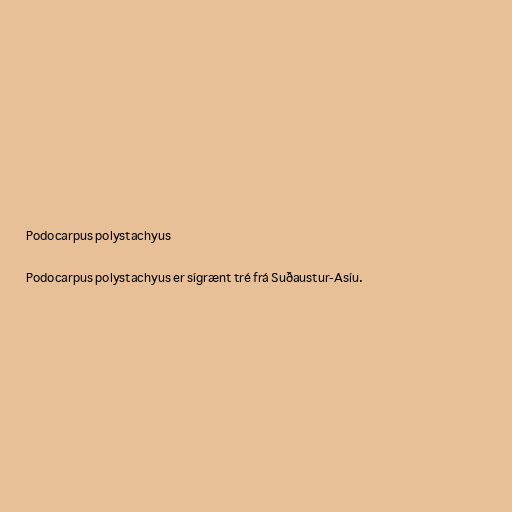
Podocarpus polystachyus

Podocarpus polystachyus er sígrænt tré frá Suðaustur-Asíu.